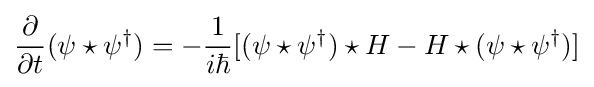
{\frac {\partial }{\partial t}}(\psi \star \psi ^{\dagger })=-{\frac {1}{i\hbar }}[(\psi \star \psi ^{\dagger })\star H-H\star (\psi \star \psi ^{\dagger })]